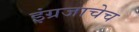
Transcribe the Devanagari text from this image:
इंग्रजाचेच